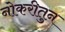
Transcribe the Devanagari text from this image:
नोकरीतुन